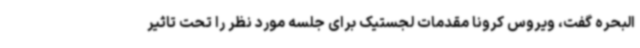
البحره گفت، ویروس کرونا مقدمات لجستیک برای جلسه مورد نظر را تحت تاثیر